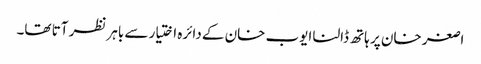
اصغر خان پر ہاتھ ڈالنا ایوب خان کے دائرہ اختیار سے باہر نظر آتا تھا۔